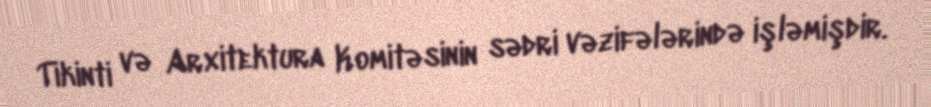
Tikinti və Arxitektura Komitəsinin sədri vəzifələrində işləmişdir.